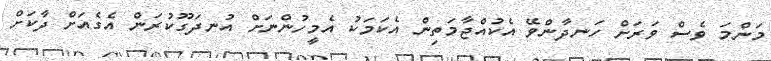
މަންމަ ވެސް ވަރަށް ހަނދާންވޭ އެކުއްޖާމަތިން އެކަމަކު އެމީހުންނަށް އުނދަގޫކުރަން އެގެއަށް ދާކަށް